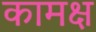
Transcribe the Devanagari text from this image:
कामक्ष